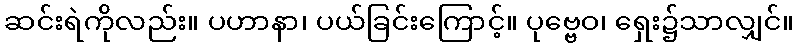
ဆင်းရဲကိုလည်း။ ပဟာနာ၊ ပယ်ခြင်းကြောင့်။ ပုဗ္ဗေဝ၊ ရှေး၌သာလျှင်။